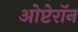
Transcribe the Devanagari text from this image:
ओप्टेरॉन